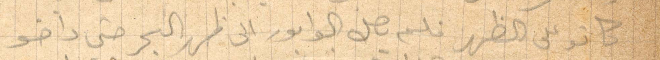
كانوا على الظهر فلم يصل الوابور الى ظهر البحر حتى داخو